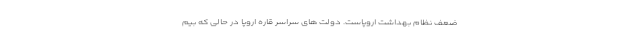
ضعف نظام بهداشت اروپاست. دولت های سراسر قاره اروپا در حالی که بیم